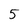
Character: 5